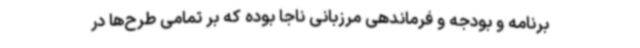
برنامه و بودجه و فرماندهی مرزبانی ناجا بوده که بر تمامی طرح‌ها در